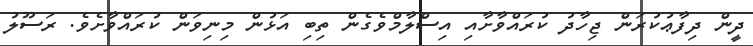
ދީން ދިފާޢުކުރަން ޖިހާދު ކުރައްވާށާއި އިސްލާމްވެގެން ތިބި އަޅުން މިނިވަން ކުރައްވާށެވެ. ރަސޫލު